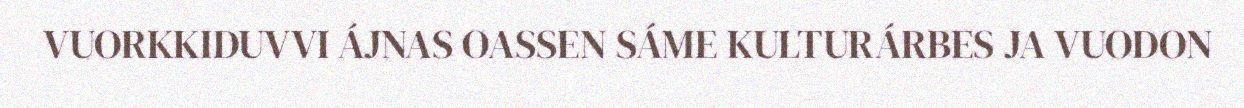
VUORKKIDUVVI ÁJNAS OASSEN SÁME KULTURÁRBES JA VUODON